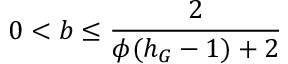
0 < b \leq \frac { 2 } { \phi ( h _ { G } - 1 ) + 2 }